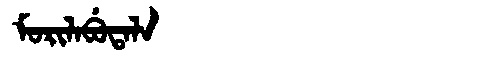
Manchu: ᠮᠣᡵᡳᠯᠠᠪᡠᡨᠠᠯᠠ
Romanization: MORILABUTALA